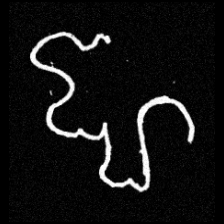
Pyu character \u2014 Myanmar letter: ဈ (romanized: jha)